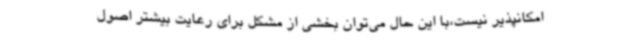
امکانپذیر نیست،با این حال می‌توان بخشی از مشکل برای رعایت بیشتر اصول